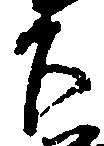
下